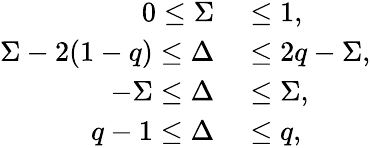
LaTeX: \begin{array}{rl}{0\le\Sigma}&{{}\le 1,}\\ {\Sigma-2(1-q)\le\Delta}&{{}\leq 2q-\Sigma,}\\ {-\Sigma\le\Delta}&{{}\le\Sigma,}\\ {q-1\le\Delta}&{{}\le q,}\end{array}